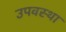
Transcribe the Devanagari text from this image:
उपवस्था